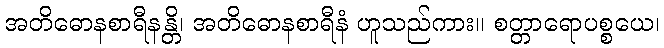
အတိဓောနစာရီနန္တိ၊ အတိဓောနစာရီနံ ဟူသည်ကား။ စတ္တာရောပစ္စယေ၊